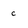
Character: c